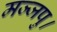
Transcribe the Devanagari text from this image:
मज्जपु।